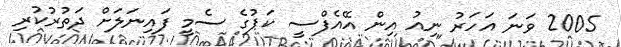
2005 ވަނަ އަހަރު ނިއު އިން އޭއެފްސީ ކަޕުގެ ސެމީ ފައިނަލަށް ދަތުރުކުރި